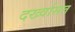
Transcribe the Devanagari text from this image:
दर्ख्वासत